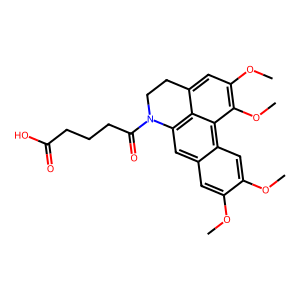
SMILES: COc1cc2cc3c4c(cc(OC)c(OC)c4c2cc1OC)CCN3C(=O)CCCC(=O)O
Inhibits HIV replication: No